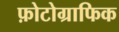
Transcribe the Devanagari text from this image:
फ़ोटोग्राफिक